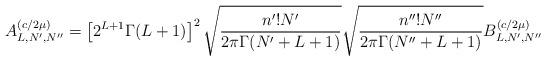
LaTeX: \begin{align*}A^{(c/2\mu )}_{L,N',N^{\prime\prime}}=\left[2^{L+1}\Gamma (L+1)\right]^2\sqrt {\frac {n'!N'}{2\pi\Gamma (N'+L+1)}}\sqrt {\frac {n^{\prime\prime}!N^{\prime\prime}}{2\pi\Gamma (N^{\prime\prime}+L+1)}}B^{(c/2\mu )}_{L,N',N^{\prime\prime}}\end{align*}